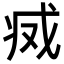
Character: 𢦬